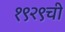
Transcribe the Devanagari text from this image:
१९२९ची